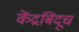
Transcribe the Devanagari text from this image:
केंद्रबिंदूच